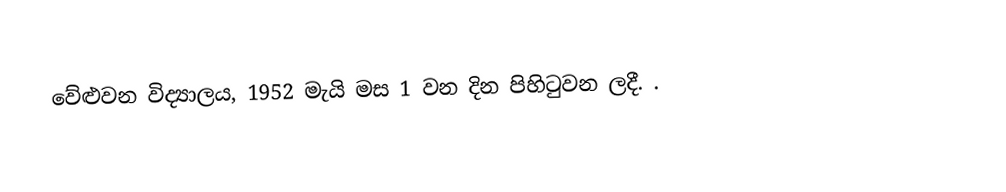
වේළුවන විද්‍යාලය,  1952 මැයි මස 1 වන දින පිහිටුවන ලදී. .